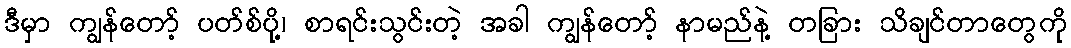
ဒီမှာ ကျွန်တော့် ပတ်စ်ပို့၊ စာရင်းသွင်းတဲ့ အခါ ကျွန်တော့် နာမည်နဲ့ တခြား သိချင်တာတွေကို